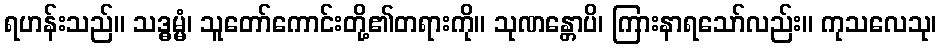
ရဟန်းသည်။ သဒ္ဓမ္မံ၊ သူတော်ကောင်းတို့၏တရားကို။ သုဏန္တောပိ၊ ကြားနာရသော်လည်း။ ကုသလေသု၊